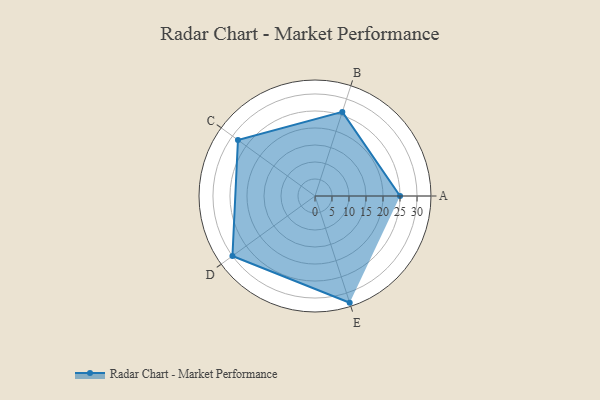
{"axis": {"x": "Skill", "y": "Score"}, "legend": ["Profile"], "data": [{"x": "A", "y": 25.0, "type": "Profile"}, {"x": "B", "y": 26.0, "type": "Profile"}, {"x": "C", "y": 28.0, "type": "Profile"}, {"x": "D", "y": 30.0, "type": "Profile"}, {"x": "E", "y": 33.0, "type": "Profile"}]}